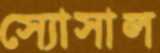
স্যোসাল